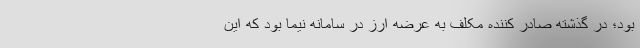
بود؛ در گذشته صادر کننده مکلف به عرضه ارز در سامانه نیما بود که این